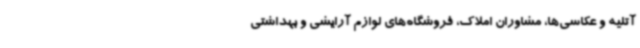
آتلیه و عکاسی‌ها، مشاوران املاک، فروشگاه‌های لوازم آرایشی و بهداشتی